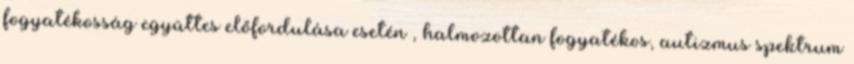
fogyatékosság együttes előfordulása esetén , halmozottan fogyatékos, autizmus spektrum